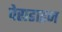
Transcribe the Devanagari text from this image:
पेराडाइज